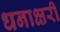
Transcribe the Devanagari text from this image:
धनाक्षरी